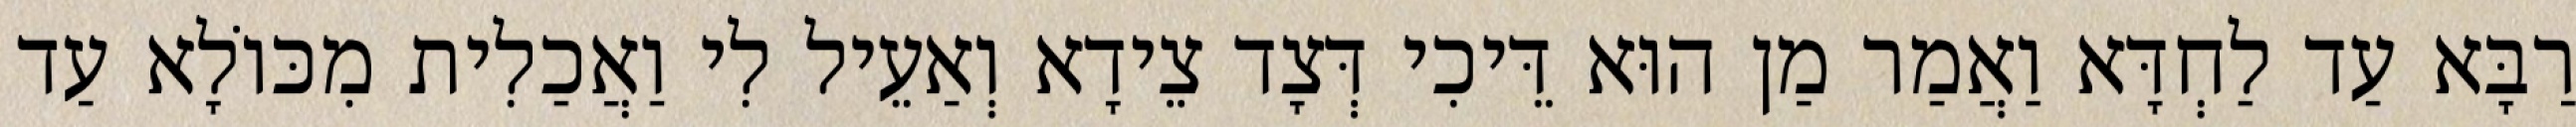
רַבָּא עַד לַחְדָּא וַאֲמַר מַן הוּא דֵּיכִי דְּצָד צֵידָא וְאַעֵיל לִי וַאֲכַלִית מִכּוֹלָא עַד